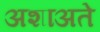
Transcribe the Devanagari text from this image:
अशाअते